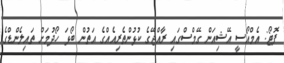
ފޮޓޯ: އެމްއޯސީ އޭޝިއަން ގޭމްސްގައި ރާއްޖޭގެ ކުޅުންތެރިއެއްގެ އަތުން ބޯޅަ ހޯދުމަށް ތައިލެންޑްގެ